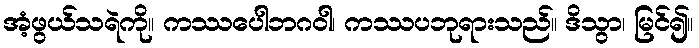
အံ့ဖွယ်သရဲကို။ ကဿပေါဘဂဝါ၊ ကဿပဘုရားသည်။ ဒိသွာ၊ မြင်၍။